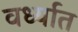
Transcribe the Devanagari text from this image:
वर्ध्यात